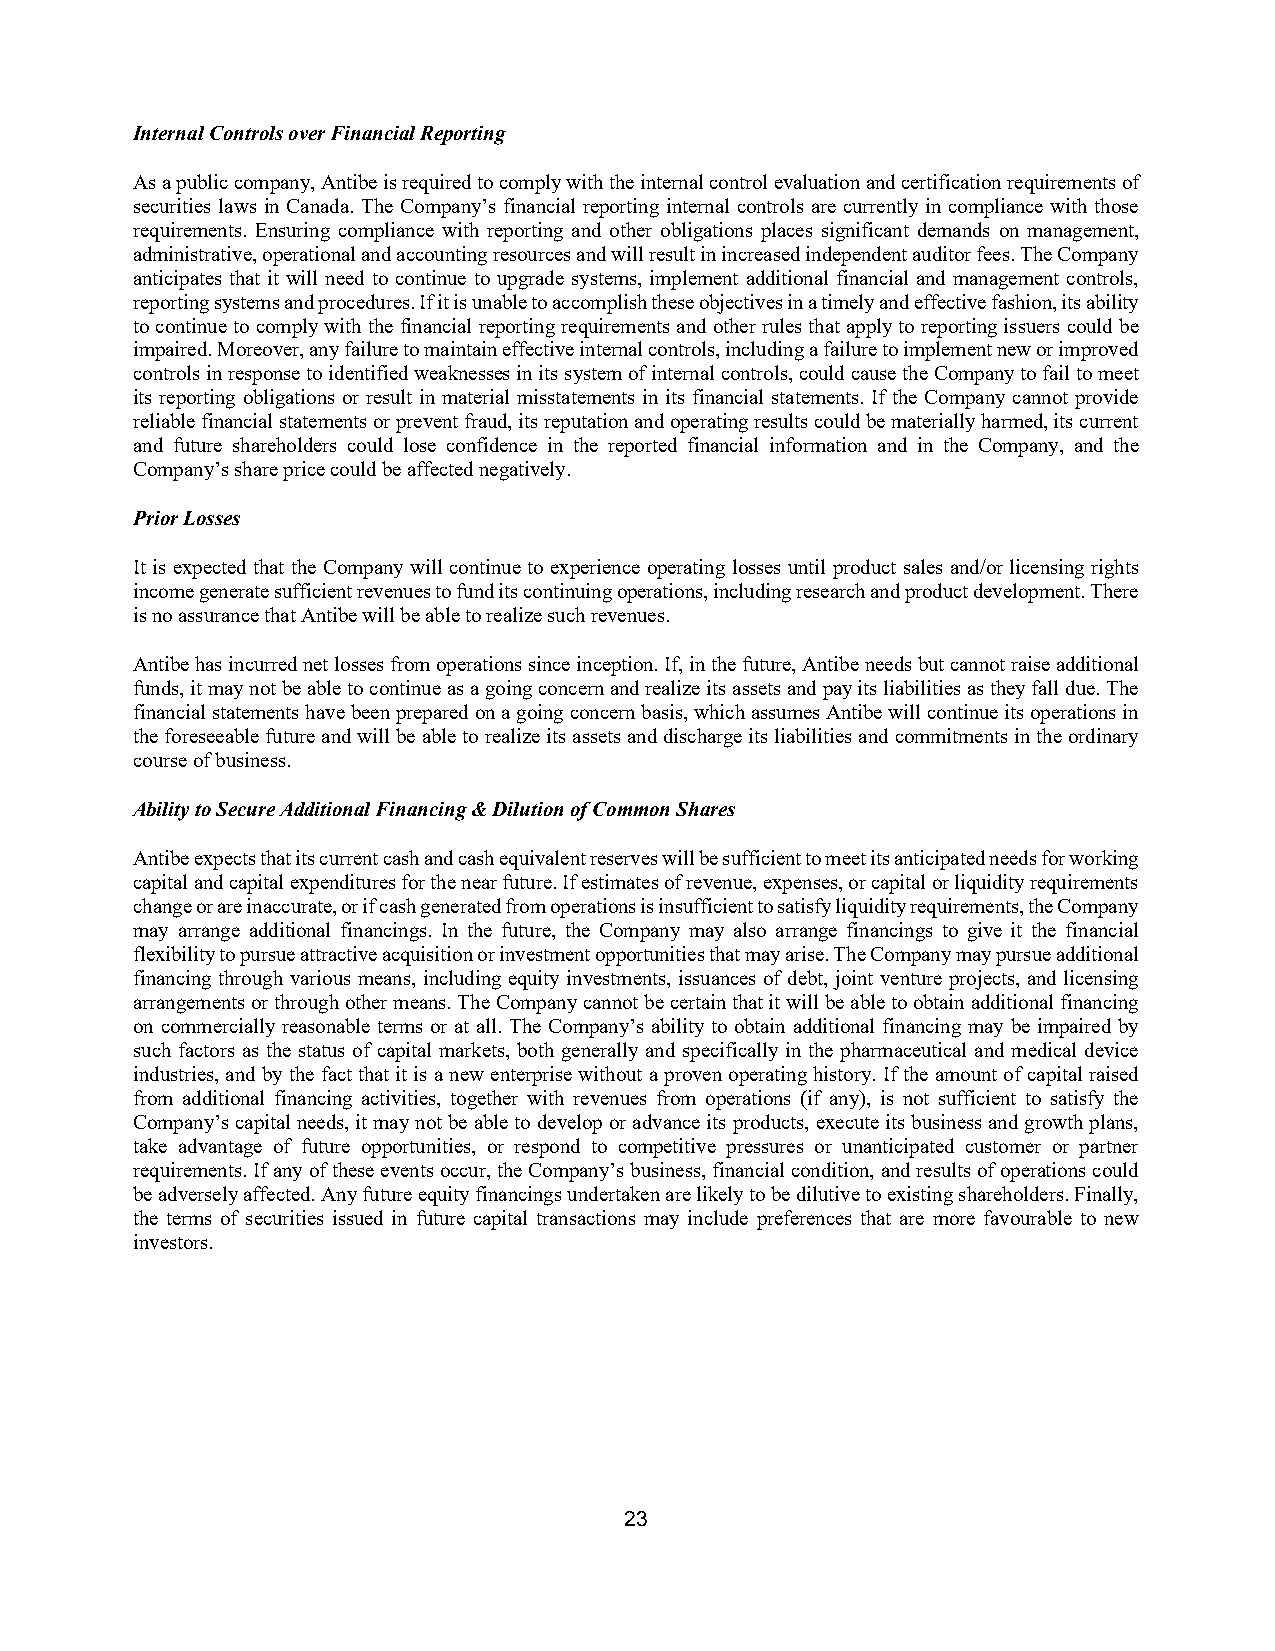
Internal Controls over Financial Reporting
 As a public company, Antibe is required to comply with the internal control evaluation and certification requirements of
 securities laws in Canada. The Company’s financial reporting internal controls are currently in compliance with those
 requirements. Ensuring compliance with reporting and other obligations places significant demands on management,
 administrative, operational and accounting resources and will result in increased independent auditor fees. The Company
 anticipates that it will need to continue to upgrade systems, implement additional financial and management controls,
 reporting systems and procedures. If it is unable to accomplish these objectives in a timely and effective fashion, its ability
 to continue to comply with the financial reporting requirements and other rules that apply to reporting issuers could be
 impaired. Moreover, any failure to maintain effective internal controls, including a failure to implement new or improved
 controls in response to identified weaknesses in its system of internal controls, could cause the Company to fail to meet
 its reporting obligations or result in material misstatements in its financial statements. If the Company cannot provide
 reliable financial statements or prevent fraud, its reputation and operating results could be materially harmed, its current
 and future shareholders could lose confidence in the reported financial information and in the Company, and the
 Company’s share price could be affected negatively.
 Prior Losses
 It is expected that the Company will continue to experience operating losses until product sales and/or licensing rights
 income generate sufficient revenues to fund its continuing operations, including research and product development. There
 is no assurance that Antibe will be able to realize such revenues.
 Antibe has incurred net losses from operations since inception. If, in the future, Antibe needs but cannot raise additional
 funds, it may not be able to continue as a going concern and realize its assets and pay its liabilities as they fall due. The
 financial statements have been prepared on a going concern basis, which assumes Antibe will continue its operations in
 the foreseeable future and will be able to realize its assets and discharge its liabilities and commitments in the ordinary
 course of business.
 Ability to Secure Additional Financing & Dilution of Common Shares
 Antibe expects that its current cash and cash equivalent reserves will be sufficient to meet its anticipated needs for working
 capital and capital expenditures for the near future. If estimates of revenue, expenses, or capital or liquidity requirements
 change or are inaccurate, or if cash generated from operations is insufficient to satisfy liquidity requirements, the Company
 may arrange additional financings. In the future, the Company may also arrange financings to give it the financial
 flexibility to pursue attractive acquisition or investment opportunities that may arise. The Company may pursue additional
 financing through various means, including equity investments, issuances of debt, joint venture projects, and licensing
 arrangements or through other means. The Company cannot be certain that it will be able to obtain additional financing
 on commercially reasonable terms or at all. The Company’s ability to obtain additional financing may be impaired by
 such factors as the status of capital markets, both generally and specifically in the pharmaceutical and medical device
 industries, and by the fact that it is a new enterprise without a proven operating history. If the amount of capital raised
 from additional financing activities, together with revenues from operations (if any), is not sufficient to satisfy the
 Company’s capital needs, it may not be able to develop or advance its products, execute its business and growth plans,
 take advantage of future opportunities, or respond to competitive pressures or unanticipated customer or partner
 requirements. If any of these events occur, the Company’s business, financial condition, and results of operations could
 be adversely affected. Any future equity financings undertaken are likely to be dilutive to existing shareholders. Finally,
 the terms of securities issued in future capital transactions may include preferences that are more favourable to new
 investors.
 23